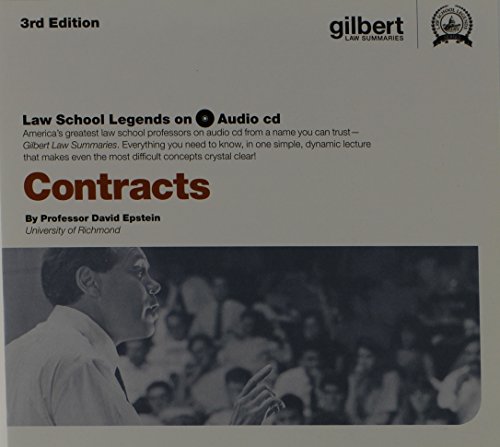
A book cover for Law School Legends Audio on Contracts (Law School Legends Audio Series); David Epstein; Law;